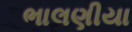
ભાલણીયા